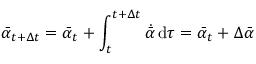
\bar { \alpha } _ { t + \Delta t } = \bar { \alpha } _ { t } + \int _ { t } ^ { { t + \Delta t } } \dot { \bar { \alpha } } \, \mathrm { d } \tau = \bar { \alpha } _ { t } + \Delta \bar { \alpha }